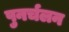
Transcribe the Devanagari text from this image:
पुनर्चलन